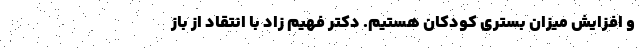
و افزایش میزان بستری کودکان هستیم. دکتر فهیم زاد با انتقاد از باز